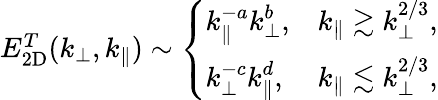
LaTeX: \begin{array}{r}{E_{2\mathrm{D}}^{T}(k_{\perp},k_{\parallel})\sim\left\{ \begin{array}{ll}{\displaystyle k_{\parallel}^{-a}k_{\perp}^{b},}&{\displaystyle k_{\parallel}\gtrsim k_{\perp}^{2/3},}\\ {\displaystyle k_{\perp}^{-c}k_{\parallel}^{d},}&{\displaystyle k_{\parallel}\lesssim k_{\perp}^{2/3},}\end{array}\right.}\end{array}